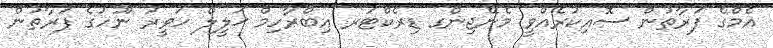
އެމްގެ ފަރާތުން ސޮއިކުރެއްވީ މެނޭޖިންގ ޑިރެކްޓަރ އިބްރާހިމް ޚަލީލް ހަވީރު ނޫހުގެ ފަރާތުން